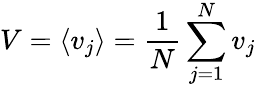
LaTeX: V=\langle v_{j}\rangle=\frac{1}{N}\sum_{j=1}^{N}v_{j}